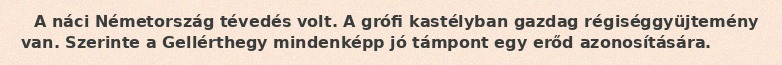
A náci Németország tévedés volt. A grófi kastélyban gazdag régiséggyüjtemény van. Szerinte a Gellérthegy mindenképp jó támpont egy erőd azonosítására.